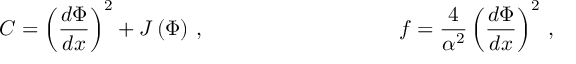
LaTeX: C = \left( \frac { d \Phi } { d x } \right) ^ { 2 } + J \left( \Phi \right) \, , \ \ \ \ \ \ \, \ \ \ \ \ \ \ \ \ \ \ \ \ \ \ \ \ \ \ \ \ f = \frac { 4 } { \alpha ^ { 2 } } \left( \frac { d \Phi } { d x } \right) ^ { 2 } \, ,